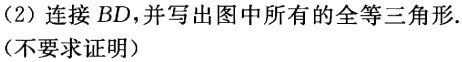
（2）连接 \(BD\)，并写出图中所有的全等三角形.（不要求证明）